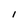
Character: I